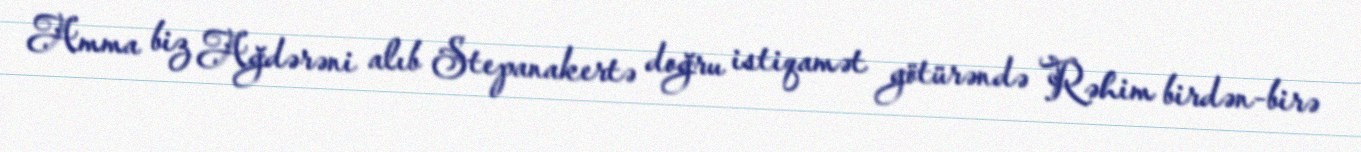
Amma biz Ağdərəni alıb Stepanakertə doğru istiqamət götürəndə Rəhim birdən-birə